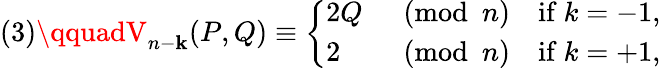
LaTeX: (3)\qquadV_{n-\mathbf{k}}(P,Q)\equiv{\left\{ \begin{array}{ll}{2Q}&{{\pmod{n}}\quad{\mathrm{if~}}k=-1,}\\ {2}&{{\pmod{n}}\quad{\mathrm{if~}}k=+1{\mathrm{,}}}\end{array}\right.}